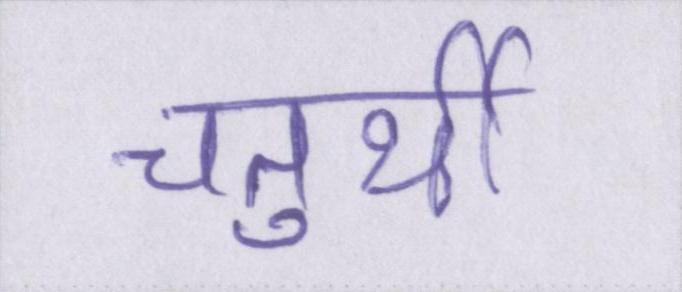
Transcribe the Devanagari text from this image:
चतुर्थी